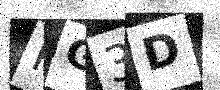
Text: PG3D